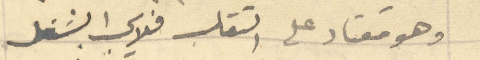
وهو معتاد على التقلب فلا الشغل